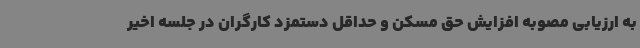
به ارزیابی مصوبه افزایش حق مسکن و حداقل دستمزد کارگران در جلسه اخیر